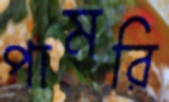
পামরি